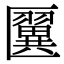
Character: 𠥦